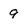
Character: 9